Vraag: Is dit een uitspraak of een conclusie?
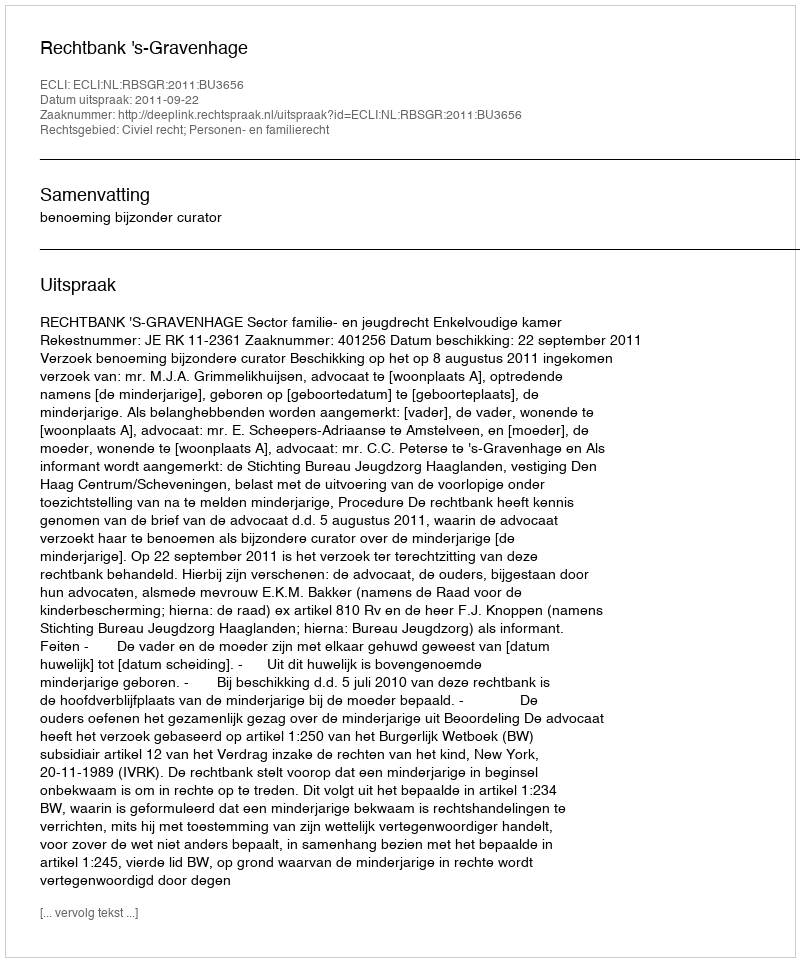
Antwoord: Uitspraak